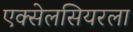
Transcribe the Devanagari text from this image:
एक्सेलसियरला